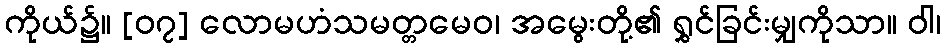
ကိုယ်၌။ [၀၇] လောမဟံသမတ္တမေဝ၊ အမွေးတို့၏ ရွှင်ခြင်းမျှကိုသာ။ ဝါ၊